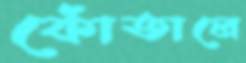
কোঁতালে